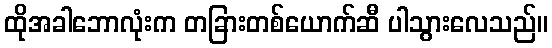
ထိုအခါဘောလုံးက တခြားတစ်ယောက်ဆီ ပါသွားလေသည်။